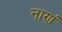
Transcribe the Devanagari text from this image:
नाणं